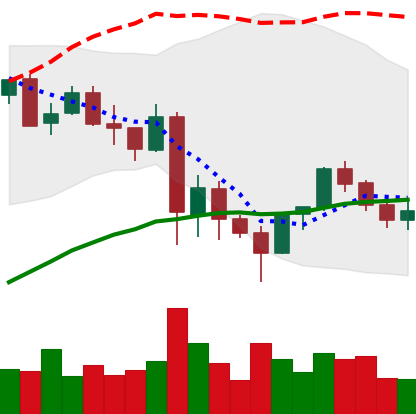
Ticker: LINK-USD
Chart end date: 2021-05-30
Forward return: 7.466%
Label: up_7plus